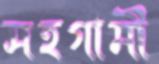
সহগামী